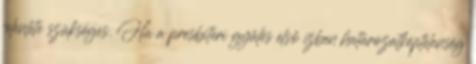
jelenléte szükséges. Ha a presbiteri gyűlés első ízben határozatképtelenség